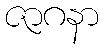
ဇာဂနာ